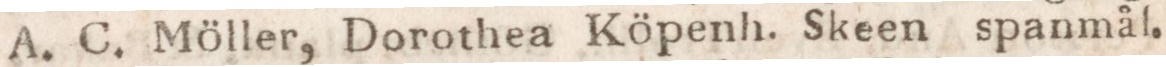
C. Möller, Dorothea Köpenh. Skeen spanmål.